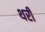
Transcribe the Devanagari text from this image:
थरी